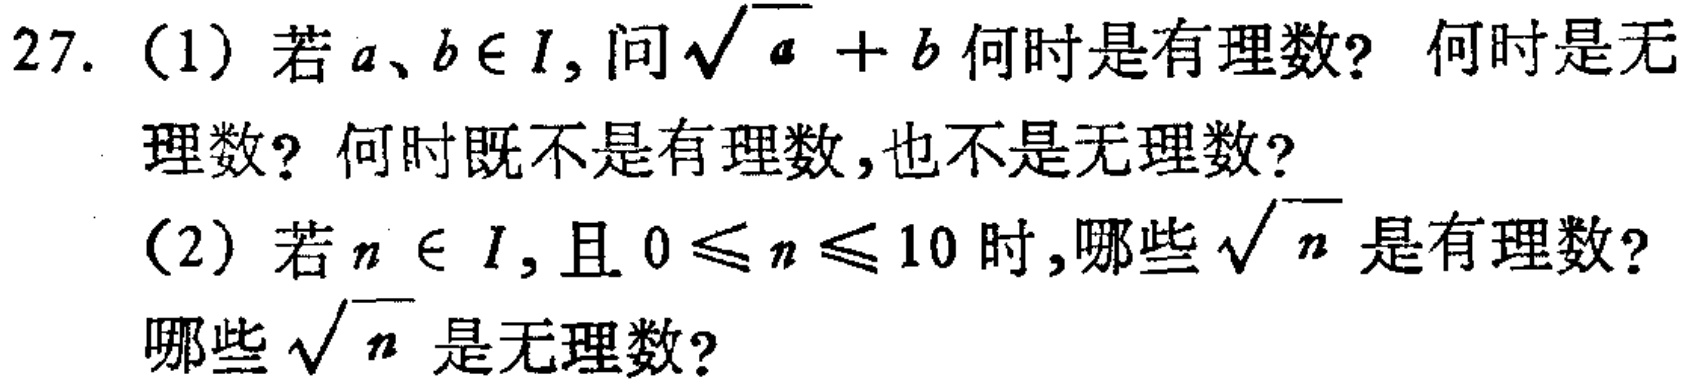
27. (1) 若\(a、b\in I\)，问\(\sqrt{a} + b\)何时是有理数？何时是无理数？何时既不是有理数，也不是无理数？
(2) 若\(n\in I\)，且\(0\leq n\leq 10\)时，哪些\(\sqrt{n}\)是有理数？哪些\(\sqrt{n}\)是无理数？